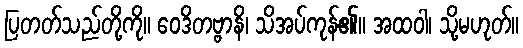
ပြတတ်သည်တို့ကို။ ဝေဒိတဗ္ဗာနိ၊ သိအပ်ကုန်၏။ အထဝါ၊ သို့မဟုတ်။